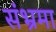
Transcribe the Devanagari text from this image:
संभ्रमा